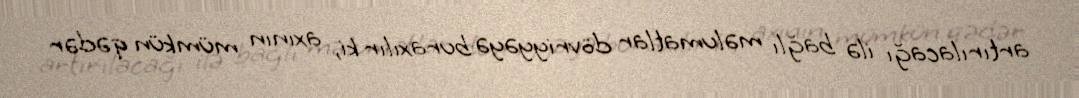
artırılacağı ilə bağlı məlumatlar dövriyyəyə buraxılır ki, axının mümkün qədər